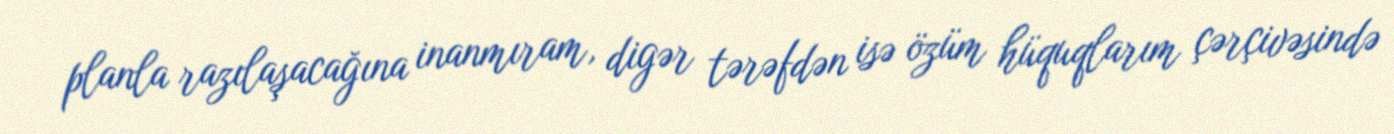
planla razılaşacağına inanmıram, digər tərəfdən isə özüm hüquqlarım çərçivəsində